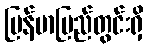
မြန်မာပြည်တွင်းရှိ